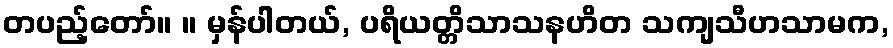
တပည့်တော်။ ။ မှန်ပါတယ်, ပရိယတ္တိသာသနဟိတ သကျသီဟသာမက,